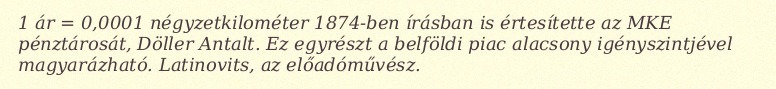
1 ár = 0,0001 négyzetkilométer 1874-ben írásban is értesítette az MKE pénztárosát, Döller Antalt. Ez egyrészt a belföldi piac alacsony igényszintjével magyarázható. Latinovits, az előadóművész.